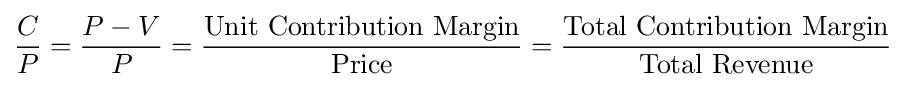
{\frac {C}{P}}={\frac {P-V}{P}}={\frac {\text{Unit Contribution Margin}}{\text{Price}}}={\frac {\text{Total Contribution Margin}}{\text{Total Revenue}}}